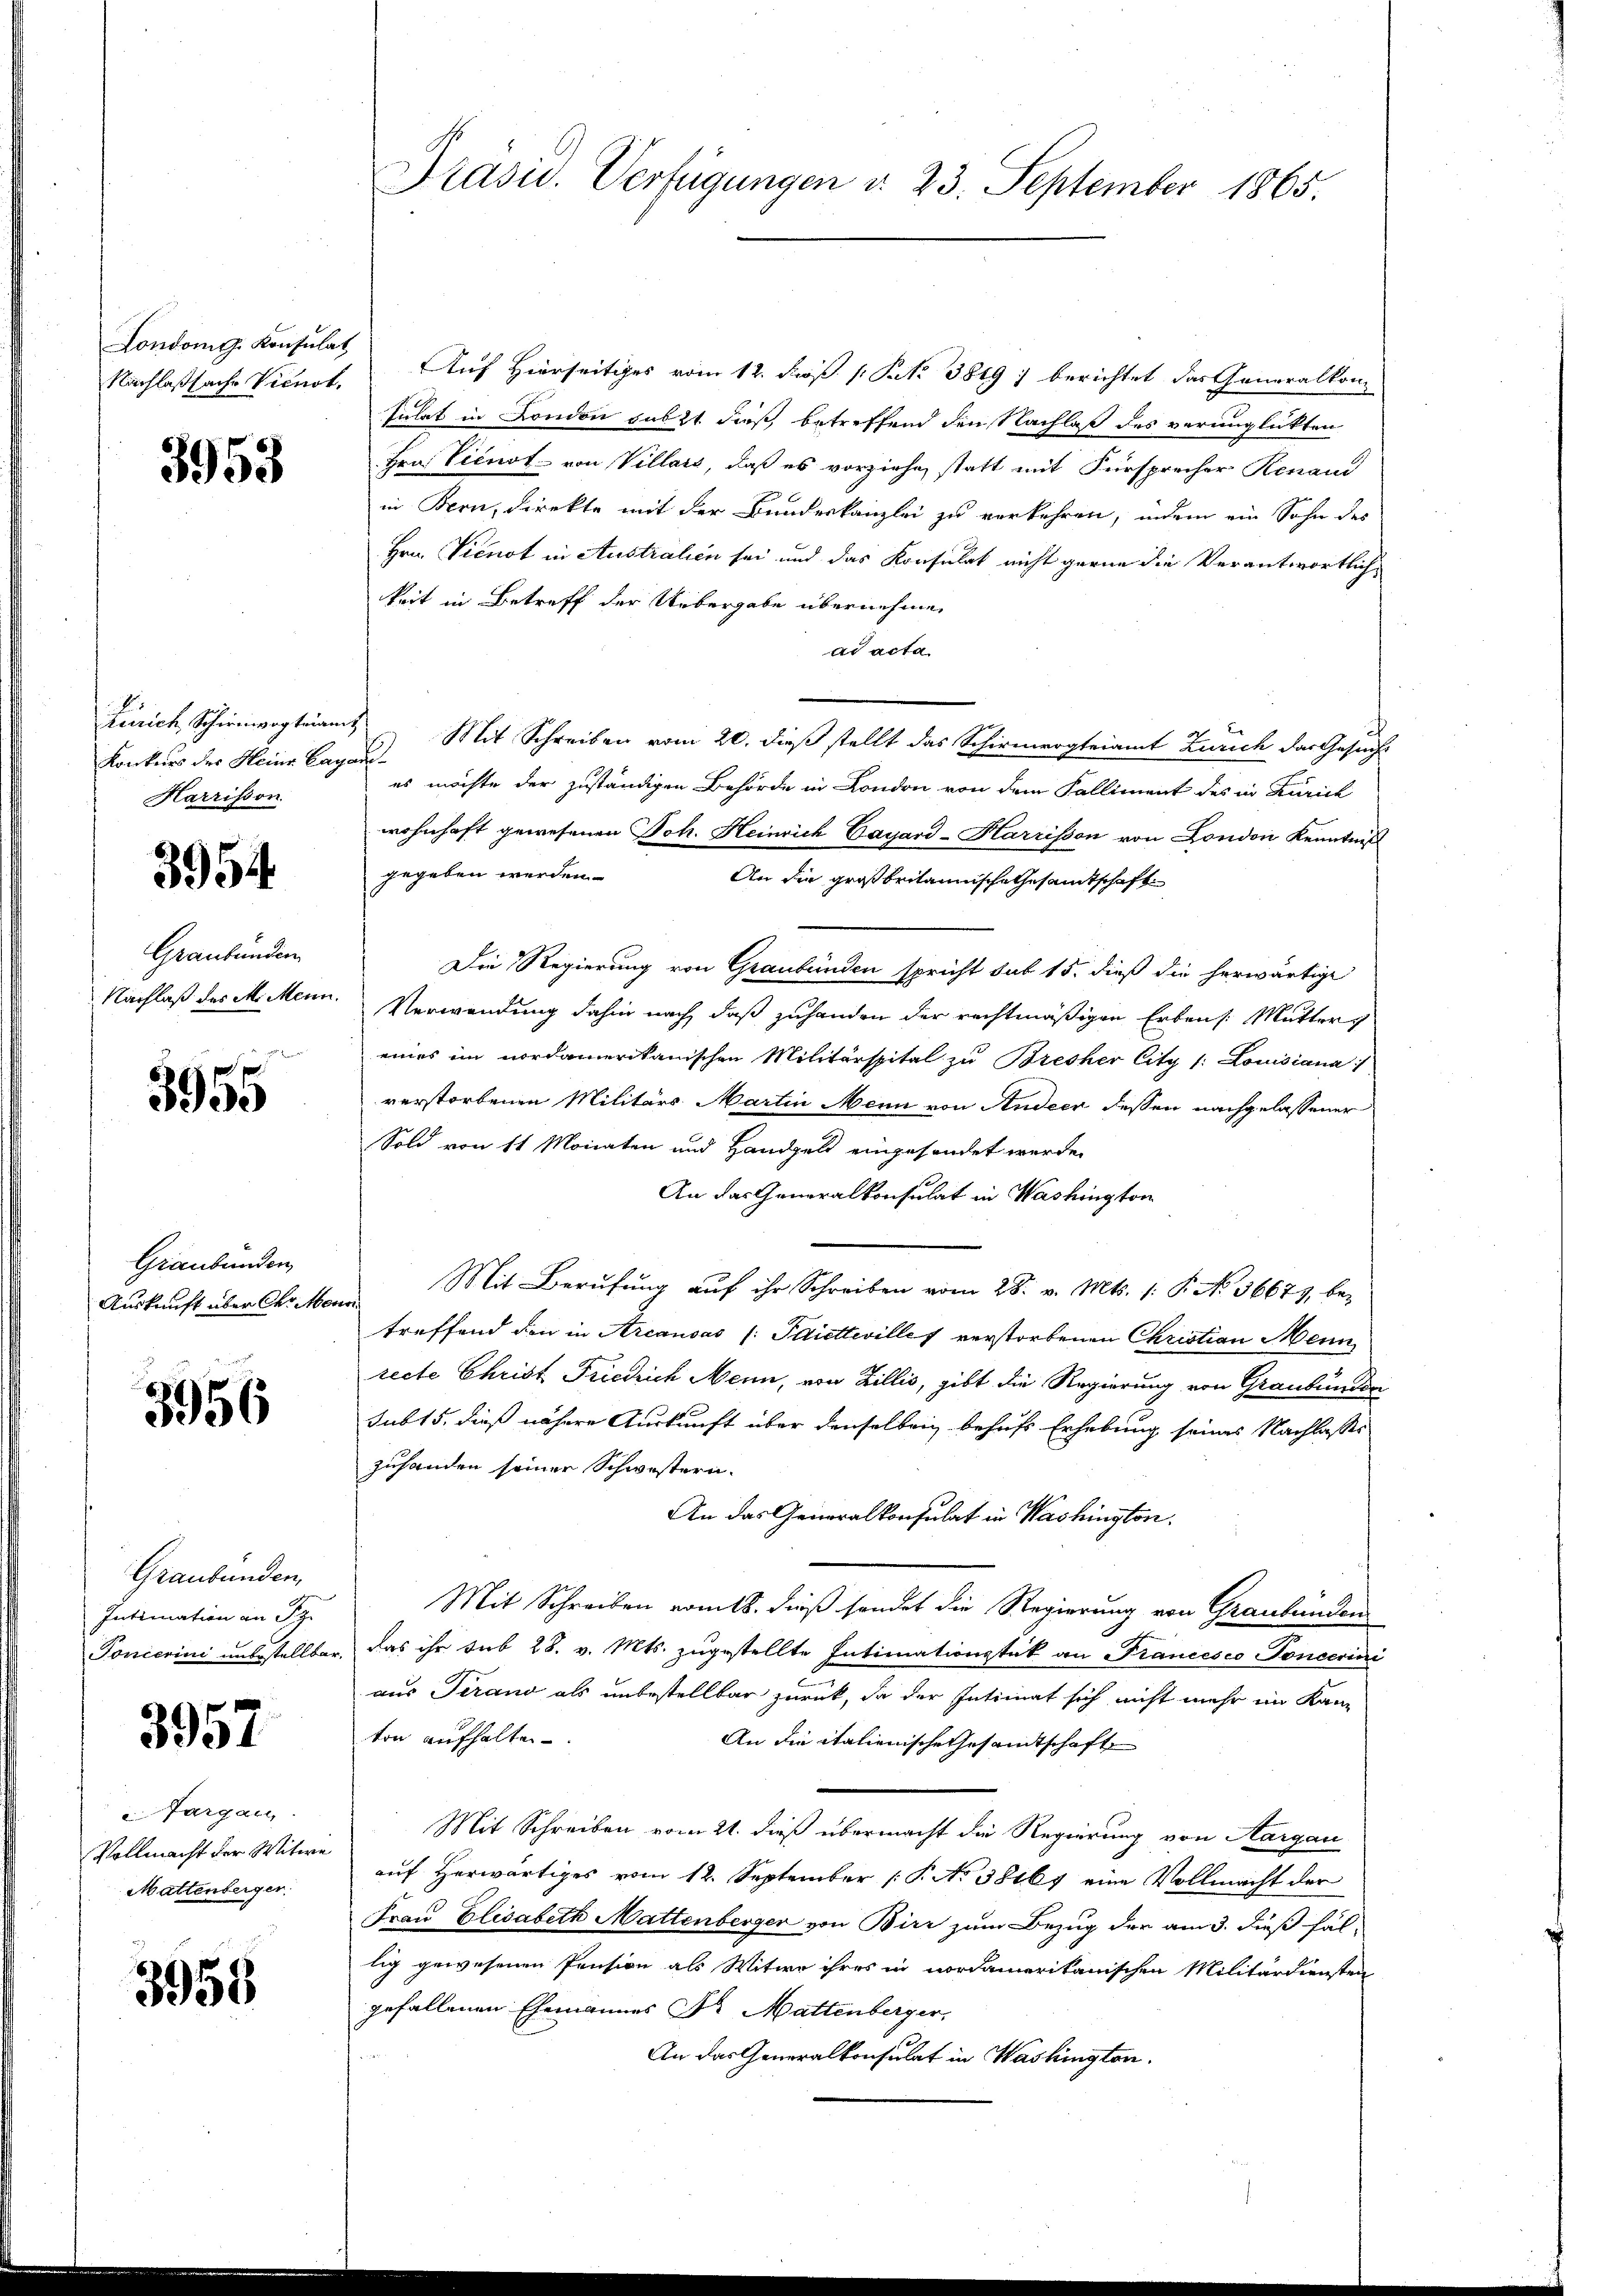
Londonis. Konsulat

3953

Konkurs der Heine Cagand¬
Harrisson

3954

Graubünden
Nachlaß des M. Mein

3955

Graubünden
Auskunft über der Men

8
5956

Graubünden,
Intimation an Sr.
Toncerini unbestellba¬

3957

Jargau.
Vollmacht der Witwe
Mattenberger

3958

Präsid. Verfügungen d. 23. September 1865.

Nachlaßsache Vicnot. Auf Hierseitiges vom 12. Faß 1 Pkt. 3819; berichtet das Generalkon
sulat in London subst dieß betreffend den Nachlaß des verunglickten
Hrn. Vicnot von Villars, daß es vorziehe, statt mit Fürsprecher Renaud
in Bern, direkte mit der Bundeskanzlei zu verkehren, indem ein Sohn des
Hrn. Vicnot in Australien sei und das Konsulat nicht gerne die Verantwortlich-
keit in Betreff der Uebergabe übernehmen
ad acta
Zürich, Schienwogtmann Mit Schreiben vom 20. dieß stellt das Schirmergteiamt Zürich das Gesuche
es möchte der zuständigen Behörde in London von dem Falliment des in Zürich
wohnhaft gewesenen Joh. Heinrich Cayard-Harrisson von London Kenntniß
gegeben werden.
An die Großbritannische Gesamtschaft
Die Regierung von Graubünden spricht sub 15. dieß die herwärtige
Verwendung dahin nach, daß zuhanden der rechtmäßigen Erbens. Mutter
eines im nordamerikanischen Militärspital zu Bresher City /: Louisiana
verstorbenen Militärs Martin Mein von Andeer dessen nachgelassener
Sold von 11 Monaten und Handgeld eingesendet werde.
An das Generalkonsulat in Washington
Mit Berŭfŭng aŭf ihr Schreiben vom 28. v. Mts. 1. P. No. 36671, be-
f
treffend den in Arcausas /: Piettevilles verstorbenen Christian Mein
recte Christ Friedrich Mann, von Zillis, gibt die Regierung von Graubünder
subt 5. dieß nähere Auskunft über denselben behufs Erhebung seines Nachlasses
zuhanden seiner Schwestern.
An das Generalkonsulat in Washington
Mit Schreiben vom 18. dieß sendet die Regierung von Graubünden
Das ihr sub 28. v. Mts. zugestellte Intimationstik an Francesco Poncerini
aus Terand als unbestellbar zurück, da der Intimat sich nicht mehr im Kan-
ton aufhalten
An die italienische Gesandtschaft
Mit Schreiben vom 21. dieß übermacht die Regierung von Aargau
auf herwärtiges vom 12. September 1. No 38167 eine Vollmacht der
Frau Elisabeth Mattenberger von Birz zum Bezug der am 3. dieß fäl
lig gewesenen Pension als Witwe ihres in nordamerikanischen Militärdiensten
gefallenen Ehemannes Dr. Mattenberger,
An das Generalkonsulat in Washington.